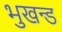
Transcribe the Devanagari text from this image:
भुखन्ड